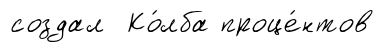
создал Ко́лба проце́нтов